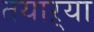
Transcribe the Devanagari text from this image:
तयाऱ्या